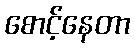
စောင့်နေတာ